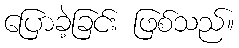
ပြောခဲ့ခြင်း ဖြစ်သည်။